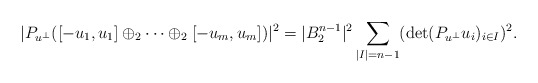
\begin{align*}|P_{u^\bot}([-u_1,u_1]\oplus_2\cdots\oplus_2[-u_m,u_m])|^2=|B_2^{n-1}|^2\sum_{|I|=n-1}(\det(P_{u^\bot}u_i)_{i\in I})^2.\end{align*}